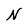
Character: N